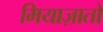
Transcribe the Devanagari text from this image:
मियाज़ातो